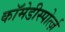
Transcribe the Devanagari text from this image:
कॉमेडीस्पोर्त्ज़